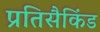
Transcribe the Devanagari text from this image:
प्रतिसैकिंड